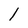
Character: 1